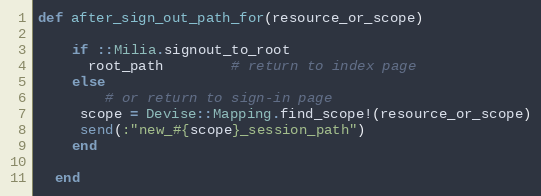
Language: Ruby
def after_sign_out_path_for(resource_or_scope)

    if ::Milia.signout_to_root
      root_path        # return to index page
    else
        # or return to sign-in page
     scope = Devise::Mapping.find_scope!(resource_or_scope)
     send(:"new_#{scope}_session_path")
    end

  end